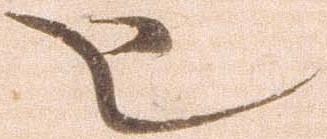
也